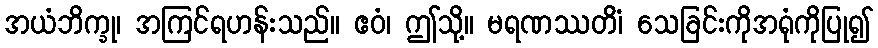
အယံဘိက္ခု၊ အကြင်ရဟန်းသည်။ ဧဝံ၊ ဤသို့။ မရဏဿတိံ၊ သေခြင်းကိုအရုံကိုပြု၍